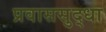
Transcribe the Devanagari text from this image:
प्रवाससुद्धा